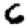
Digit: 6